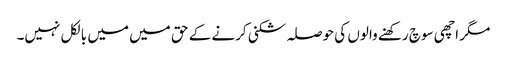
مگر اچھی سوچ رکھنے والوں کی حوصلہ شکنی کرنے کے حق میں میں بالکل نہیں۔